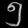
Digit: ၅